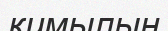
қимылың